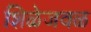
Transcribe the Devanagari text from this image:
शिळेजवळ